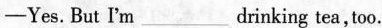
-Yes.But I'm ___drinking tea, too.